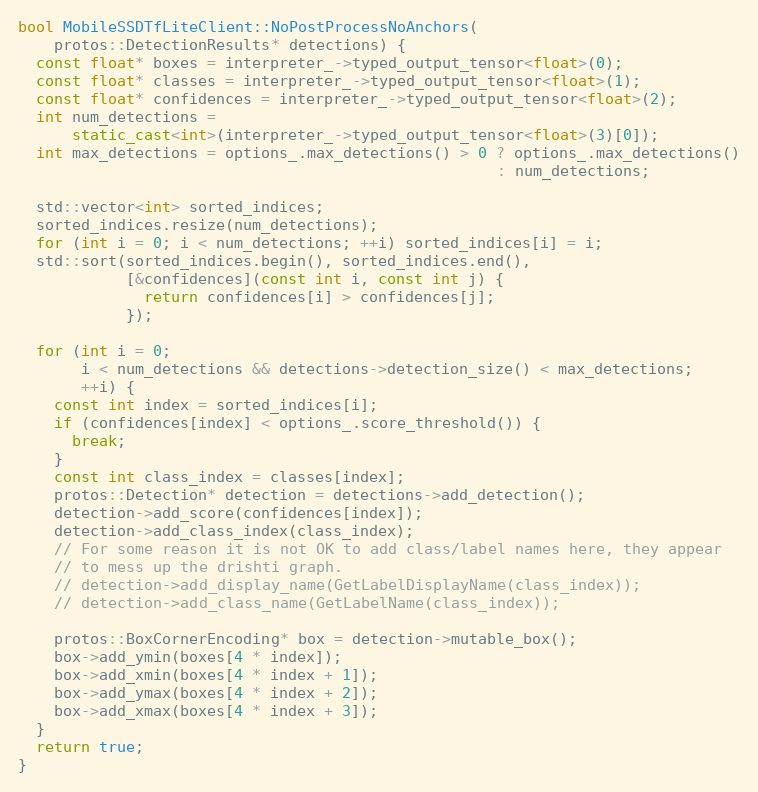
Language: C++
bool MobileSSDTfLiteClient::NoPostProcessNoAnchors(
    protos::DetectionResults* detections) {
  const float* boxes = interpreter_->typed_output_tensor<float>(0);
  const float* classes = interpreter_->typed_output_tensor<float>(1);
  const float* confidences = interpreter_->typed_output_tensor<float>(2);
  int num_detections =
      static_cast<int>(interpreter_->typed_output_tensor<float>(3)[0]);
  int max_detections = options_.max_detections() > 0 ? options_.max_detections()
                                                     : num_detections;

  std::vector<int> sorted_indices;
  sorted_indices.resize(num_detections);
  for (int i = 0; i < num_detections; ++i) sorted_indices[i] = i;
  std::sort(sorted_indices.begin(), sorted_indices.end(),
            [&confidences](const int i, const int j) {
              return confidences[i] > confidences[j];
            });

  for (int i = 0;
       i < num_detections && detections->detection_size() < max_detections;
       ++i) {
    const int index = sorted_indices[i];
    if (confidences[index] < options_.score_threshold()) {
      break;
    }
    const int class_index = classes[index];
    protos::Detection* detection = detections->add_detection();
    detection->add_score(confidences[index]);
    detection->add_class_index(class_index);
    // For some reason it is not OK to add class/label names here, they appear
    // to mess up the drishti graph.
    // detection->add_display_name(GetLabelDisplayName(class_index));
    // detection->add_class_name(GetLabelName(class_index));

    protos::BoxCornerEncoding* box = detection->mutable_box();
    box->add_ymin(boxes[4 * index]);
    box->add_xmin(boxes[4 * index + 1]);
    box->add_ymax(boxes[4 * index + 2]);
    box->add_xmax(boxes[4 * index + 3]);
  }
  return true;
}